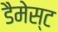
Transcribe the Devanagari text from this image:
डैमेस्ट